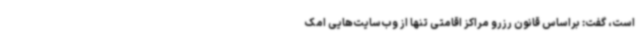
است، گفت: براساس قانون رزرو مراکز اقامتی تنها از وب‌سایت‌هایی امک